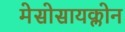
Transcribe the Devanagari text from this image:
मेसोसायक्लोन